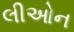
લીઓન